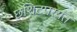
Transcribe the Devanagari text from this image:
छशिटपर्यंत